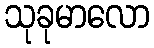
သုခုမာလော